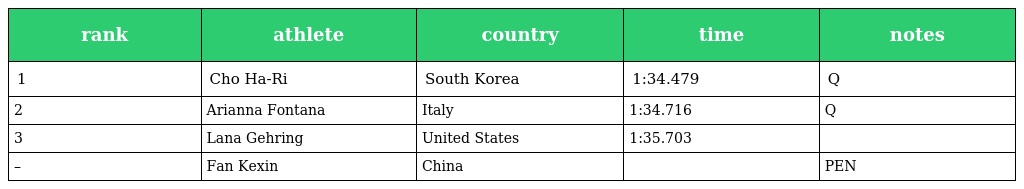
| rank | athlete | country | time | notes |
 | --- | --- | --- | --- | --- |
 | 1 | Cho Ha-Ri | South Korea | 1:34.479 | Q |
 | 2 | Arianna Fontana | Italy | 1:34.716 | Q |
 | 3 | Lana Gehring | United States | 1:35.703 |  |
 | – | Fan Kexin | China |  | PEN |